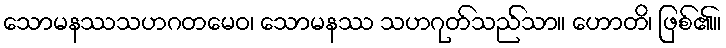
သောမနဿသဟဂတမေဝ၊ သောမနဿ သဟဂုတ်သည်သာ။ ဟောတိ၊ ဖြစ်၏။